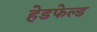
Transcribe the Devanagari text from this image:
हेडफेल्ड